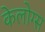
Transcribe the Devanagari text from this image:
केलोग्स